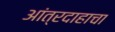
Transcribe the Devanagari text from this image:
आंत्रदाहाचा